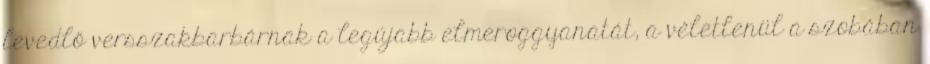
levedlő versszakbarbárnak a legújabb elmeroggyanatát, a véletlenül a szobában